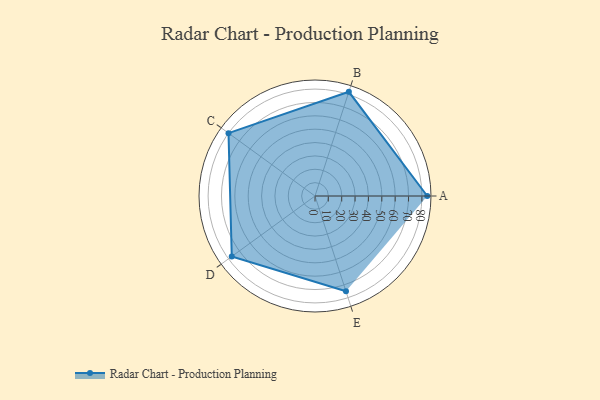
{"axis": {"x": "Skill", "y": "Score"}, "legend": ["Profile"], "data": [{"x": "A", "y": 84.0, "type": "Profile"}, {"x": "B", "y": 82.0, "type": "Profile"}, {"x": "C", "y": 80.0, "type": "Profile"}, {"x": "D", "y": 77.0, "type": "Profile"}, {"x": "E", "y": 75.0, "type": "Profile"}]}